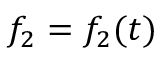
f _ { 2 } = f _ { 2 } ( t )